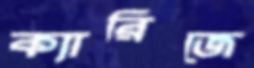
ক্যারিজে